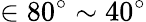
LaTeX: \in 80^{\circ}\sim 40^{\circ}